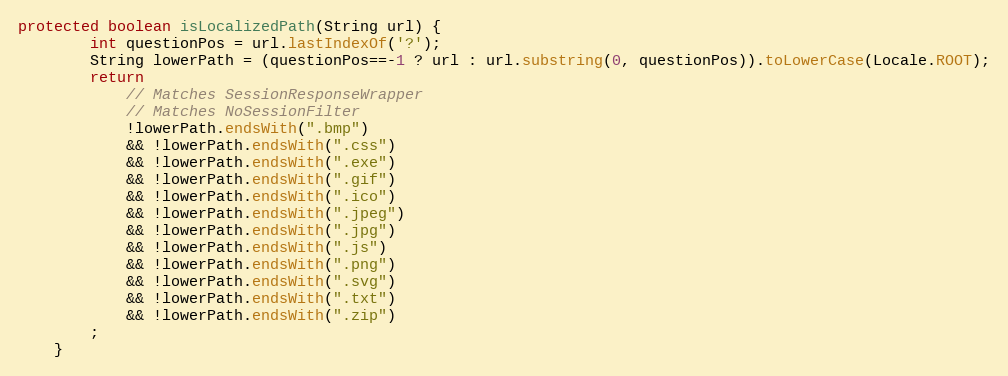
Language: Java
protected boolean isLocalizedPath(String url) {
		int questionPos = url.lastIndexOf('?');
		String lowerPath = (questionPos==-1 ? url : url.substring(0, questionPos)).toLowerCase(Locale.ROOT);
		return
			// Matches SessionResponseWrapper
			// Matches NoSessionFilter
			!lowerPath.endsWith(".bmp")
			&& !lowerPath.endsWith(".css")
			&& !lowerPath.endsWith(".exe")
			&& !lowerPath.endsWith(".gif")
			&& !lowerPath.endsWith(".ico")
			&& !lowerPath.endsWith(".jpeg")
			&& !lowerPath.endsWith(".jpg")
			&& !lowerPath.endsWith(".js")
			&& !lowerPath.endsWith(".png")
			&& !lowerPath.endsWith(".svg")
			&& !lowerPath.endsWith(".txt")
			&& !lowerPath.endsWith(".zip")
		;
	}